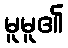
မူမူ၏